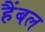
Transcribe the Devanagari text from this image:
हैंबल